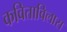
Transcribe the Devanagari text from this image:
कविताविलास